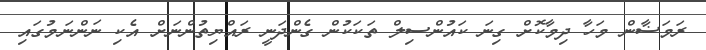
ރަމަޟާން މަހާ ދިމާކޮށް ގިނަ ކައުންސިލް ތަކަކުން ގެންދަނީ ރައްޔިތުންނަށް އެކި ނަންނަމުގައި